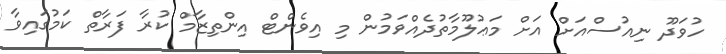
ހުވަދޫ ނިއުސްއަށް އަށް މަޢުލޫމާތުދެއްވަމުން މި އިވެންޓް އިންތިޒާމް ކުރާ ފަރާތް ކަމުގައިވާ